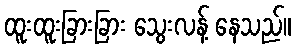
ထူးထူးခြားခြား သွေးလန့် နေသည်။